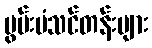
မွမ်းမံသင်တန်းများ